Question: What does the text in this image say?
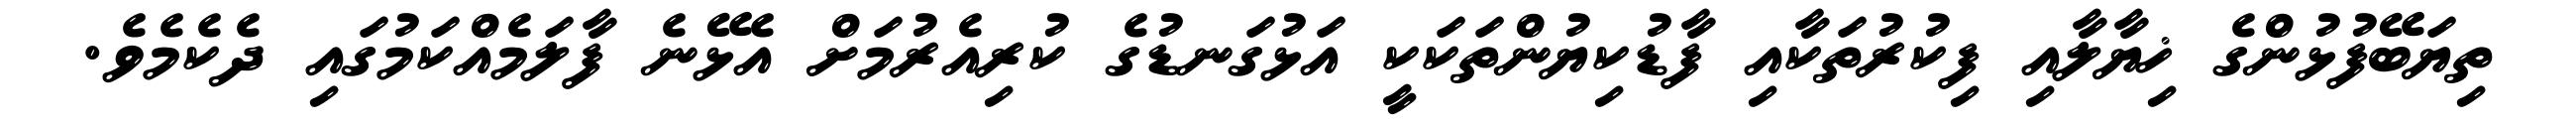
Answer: ތިޔަބޭފުޅުންގެ ޚިޔާލާއި ފިކުރުތަކާއި ފާޑުކިޔުންތަކަކީ އަޅުގަނޑުގެ ކުރިއެރުމަށް އެޅޭނެ ފާލަމެއްކަމުގައި ދެކެމެވެ.